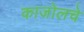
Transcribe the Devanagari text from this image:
काजोलचे